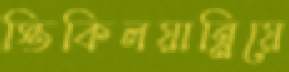
স্তিকিলয়ান্নিয়ে